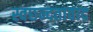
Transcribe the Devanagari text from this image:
स्वछन्दतावाद